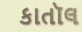
કાતૉલ